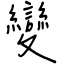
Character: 變